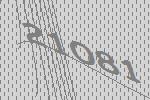
21081